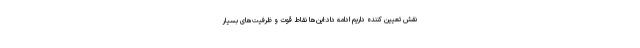
نقش تعیین کننده داریم ادامه داد:این‌ها نقاط قوت و ظرفیت‌های بسیار